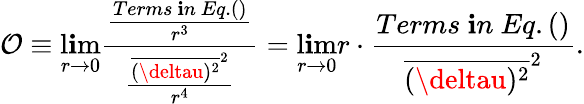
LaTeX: {\cal{O}}\equiv\operatorname*{l\mathbf{i}m}_{r\rightarrow0}\frac{{\frac{{Terms\ \mathbf{i}n\ Eq.()}}{{r^{3}}}}}{{\frac{{\overline{{{(\deltau)^{2}}}}^{2}}}{{r^{4}}}}}=\operatorname*{l\mathbf{i}m}_{r\rightarrow0}r\cdot\frac{{Terms\ \mathbf{i}n\ Eq.()}}{{\overline{{{(\deltau)^{2}}}}^{2}}}.